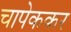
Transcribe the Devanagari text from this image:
चापेककर